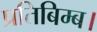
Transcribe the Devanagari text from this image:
प्रतिबिम्ब।